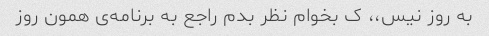
به روز نیس،، ک بخوام نظر بدم راجع به برنامه‌ی همون روز